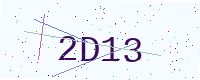
Text: 2D13